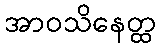
အာဝသိနေတ္ထ